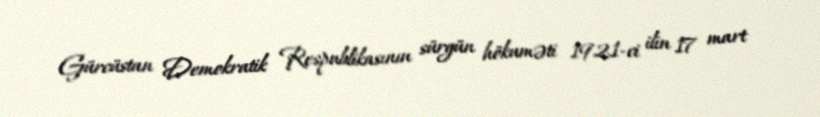
Gürcüstan Demokratik Respublikasının sürgün hökuməti 1921-ci ilin 17 mart